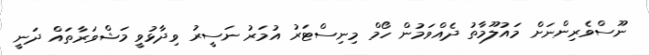
ނޫސްވެރިންނަށް މައުލޫމާތު ދެއްވަމުން ހޯމް މިނިސްޓަރު އުމަރު ނަސީރު ވިދާޅުވީ މަޝްވަރާތައް ދަނީ